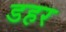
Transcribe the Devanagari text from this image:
डहर